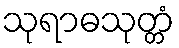
သုရာဓသုတ္တံ